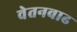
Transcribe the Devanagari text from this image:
वेतनवाढ